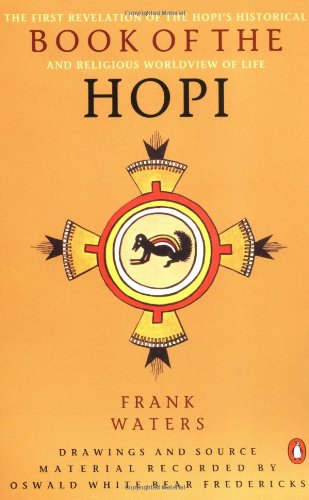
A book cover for Book of the Hopi; Frank Waters; Literature & Fiction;